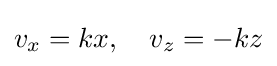
v_{x}=kx,\quad v_{z}=-kz